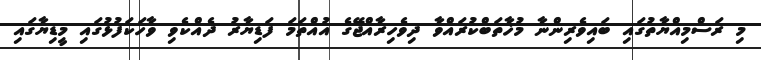
މި ރަސްމިއްޔާތުގައި ބައިވެރިންނާ މުޚާތަބްކުރައްވާ ދިވެހިރާއްޖޭގެ އުއްތަމަ ފަޑިޔާރު ދެއްކެވި ވާހަކަފުޅުގައި މީޑިޔާގައި